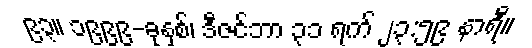
၉၃။ ၁၉၉၉-ခုနှစ်၊ ဒီဇင်ဘာ ၃၁ ရက် ၂၃:၅၉ နာရီ။